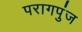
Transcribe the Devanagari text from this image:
परागपुंज